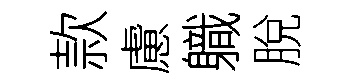
款慮軄脫